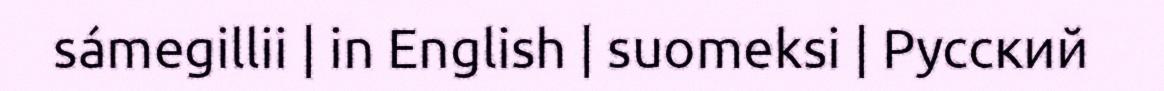
sámegillii | in English | suomeksi | Русский